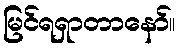
မြင်ရရှာတာနော်။